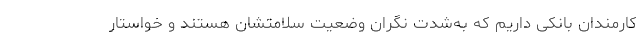
کارمندان بانکی داریم که به‌شدت نگران وضعیت سلامتشان هستند و خواستار